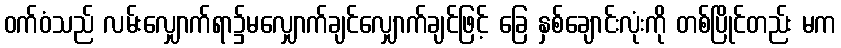
ဝက်ဝံသည် လမ်းလျှောက်ရာ၌မလျှောက်ချင်လျှောက်ချင်ဖြင့် ခြေ နှစ်ချောင်းလုံးကို တစ်ပြိုင်တည်း မက